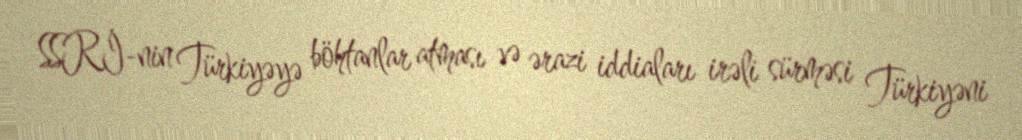
SSRİ-nin Türkiyəyə böhtanlar atması və ərazi iddiaları irəli sürməsi Türkiyəni